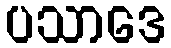
ပသာဒေ